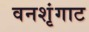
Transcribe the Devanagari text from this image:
वनशृंगाट